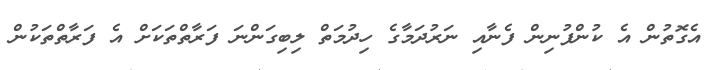
އެގޮތުން އެ ކުންފުނިން ފެނާއި ނަރުދަމާގެ ހިދުމަތް ލިބިގަންނަ ފަރާތްތަކަށް އެ ފަރާތްތަކުން